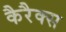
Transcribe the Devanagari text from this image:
कैरैक्स